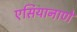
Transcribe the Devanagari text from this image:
एसियानाणे